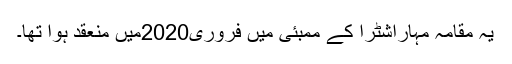
یہ مقامہ مہاراشٹرا کے ممبئی میں فروری2020میں منعقد ہوا تھا۔